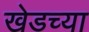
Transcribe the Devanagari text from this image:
खेडच्या